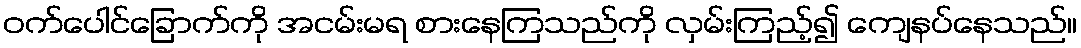
ဝက်ပေါင်ခြောက်ကို အငမ်းမရ စားနေကြသည်ကို လှမ်းကြည့်၍ ကျေနပ်နေသည်။